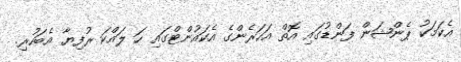
އެކަމަކު ޕެންޝަން ފަންޑުގައި އޮތް އަހަރެންގެ އެކައުންޓްގައި ހަ ލައްކަ ރުފިޔާ އެބަހުރި.